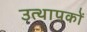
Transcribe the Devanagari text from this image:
उत्थापकों